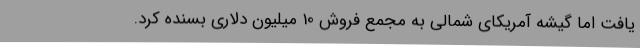
یافت اما گیشه آمریکای شمالی به مجمع فروش 10 میلیون دلاری بسنده کرد.